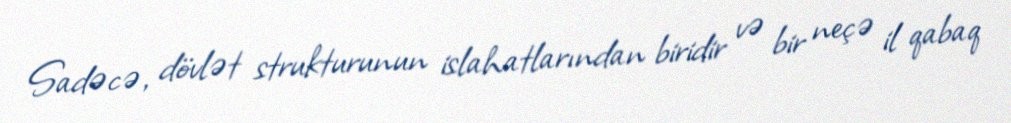
Sadəcə, dövlət strukturunun islahatlarından biridir və bir neçə il qabaq